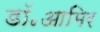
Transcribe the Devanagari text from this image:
डॉ॰आमिर